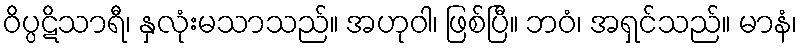
ဝိပ္ပဋိသာရီ၊ နှလုံးမသာသည်။ အဟုဝါ၊ ဖြစ်ပြီ။ ဘဝံ၊ အရှင်သည်။ မာနံ၊